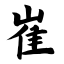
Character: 崔